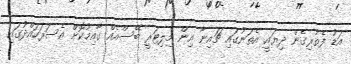
އަޑު ފެތުރިގެން ދިޔައީ އެތަނުގައި ޗައިނާ އިން މިލިޓަރީ ބޭސްއެއް ގާއިމުކޮށް އެސަރަހައްދުގައި